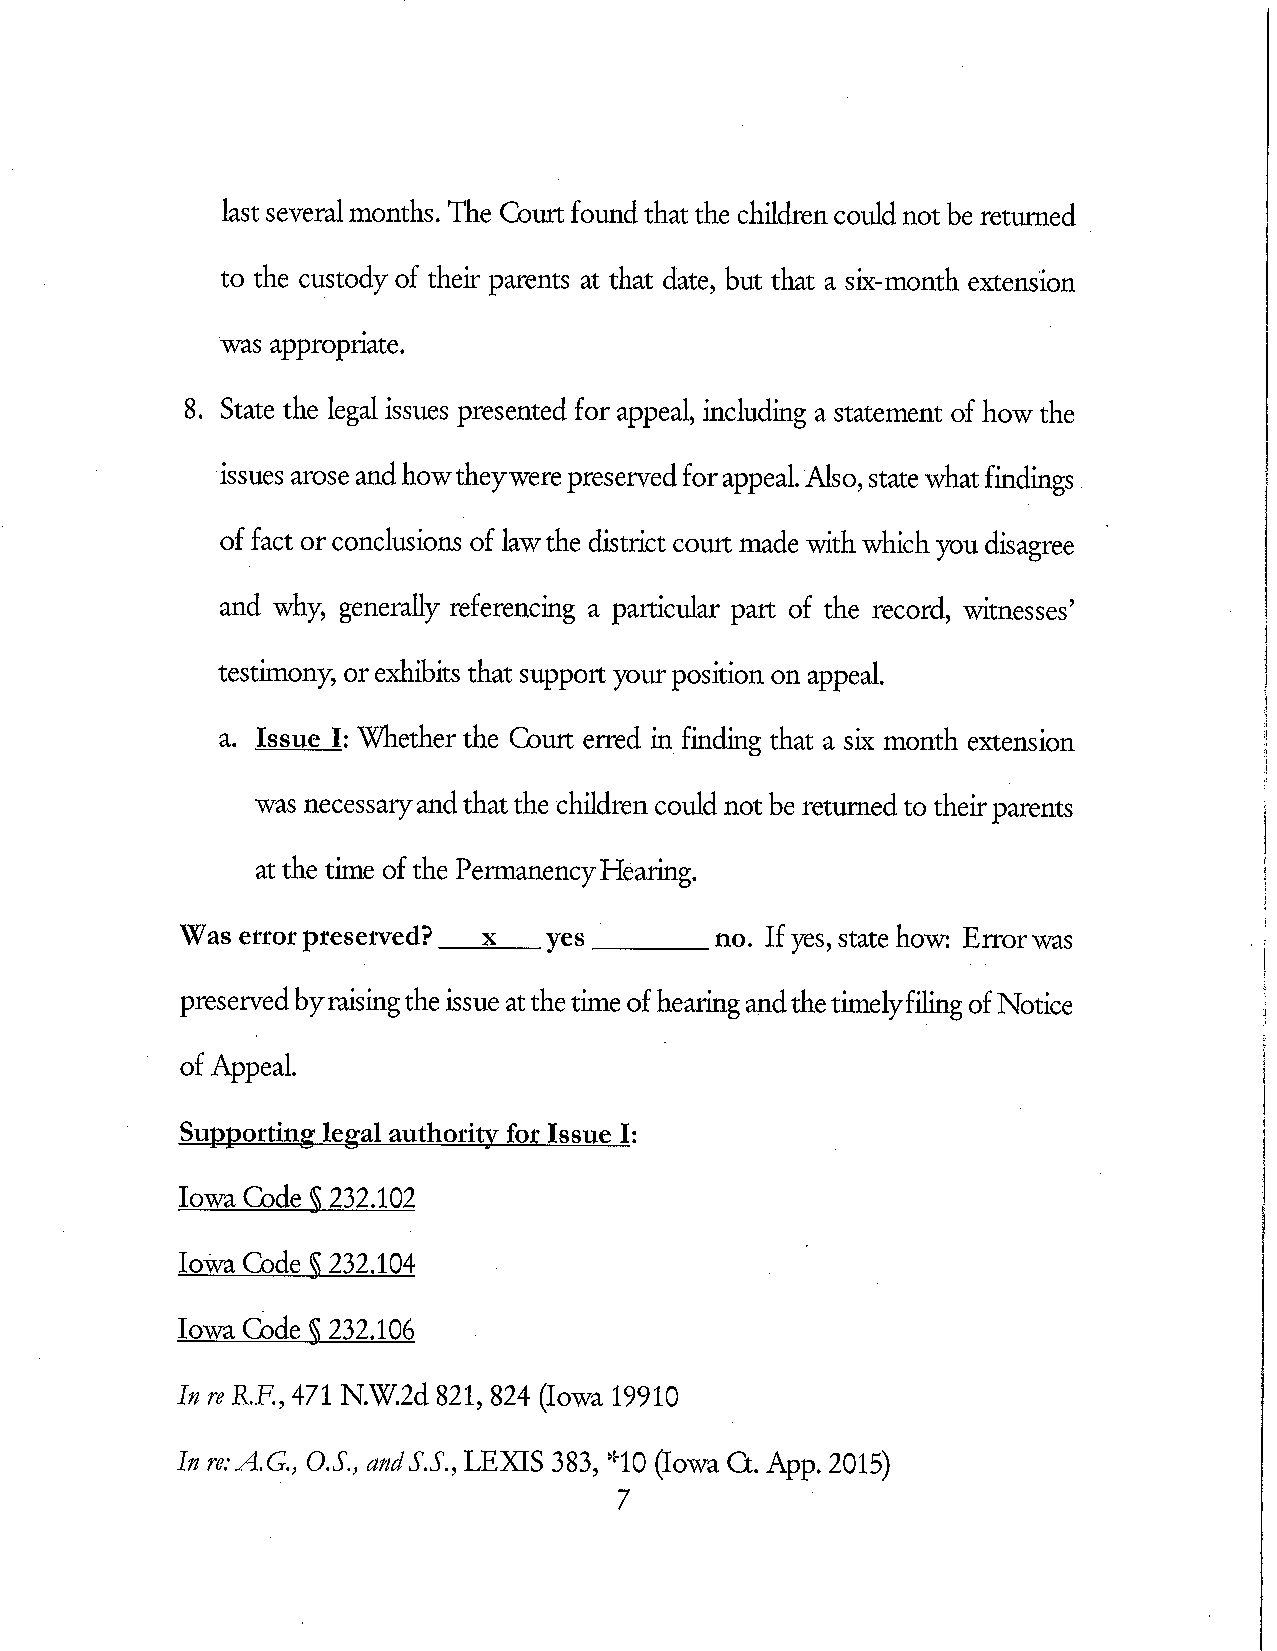
last severalmonths. The Gourt foundthat the cMdren could not be retunned
 to the custody of their parents at that date, but that a six-month extension
 was appropriate.
 8 . State the legal issues presented for appeal, including a statement of howthe
 issues aroseandhowtheywerepreservedforappeal.Also,statewhatfindings
 of fact orconclusions of lawthe district court made withwhichyou disagree
 and why, generally referencing a particular part of the record, witnesses'
 testimony, or exhibits that support your position on appeal.
 a. Issue I: Whether the Court erred in finding that a six month extension
 was necessaryandthatthe cMdren could not be returnedto theirparents
 at the time of the PermanencyHeaffig.
 Was error preserved? x  yes        no. If yes, state how: Enorwas
 preservedbyraisingthe issue atthetime of heaigandthetirnelyfilingofNotice
 of Appeal.
 Supporting legal authority for Issue I:
 Iowa Code '§ 232.102
 Iowa Gode (§ 232.104
 Iowa Gode '§ 232.106
 In re RF., 471 N.W.2d 821, 824 (Iowa 19910
 In re: A.G., 0.5., and ,S'.S .,LEX[S 383, '10 (Iowa Ct. App. 2015)
 7